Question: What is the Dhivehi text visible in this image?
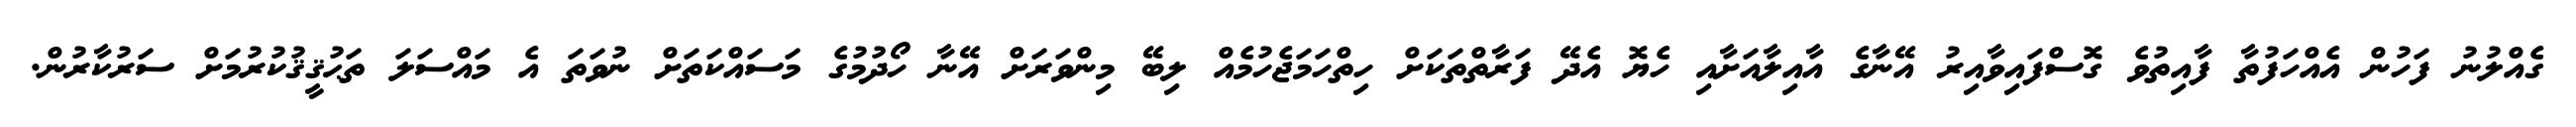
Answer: ގެއްލުނު ފަހުން އެއްހަފުތާ ފާއިތުވެ ގޮސްފައިވާއިރު އޭނާގެ އާއިލާއަށާއި ހެޔޮ އެދޭ ފަރާތްތަކަށް ހިތްހަމަޖެހުމެއް ލިބޭ މިންވަރަށް އޭނާ ހޯދުމުގެ މަސައްކަތަށް ނުވަތަ އެ މައްސަލަ ތަޙުޤީޤުކުރުމަށް ސަރުކާރުން.